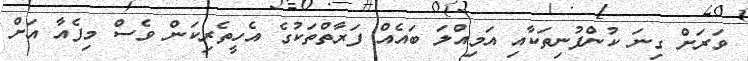
ވަރަށް ގިނަ ކުންފުނިތަކާއި އަމިއްލަ ބައެއް ފަރާތްތަކުގެ އެހީތެރިކަން ވެސް މިފެއާ އަށް